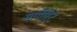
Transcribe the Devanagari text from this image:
मार्गेरिट